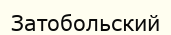
Затобольский